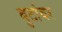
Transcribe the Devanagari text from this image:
बुटांवर